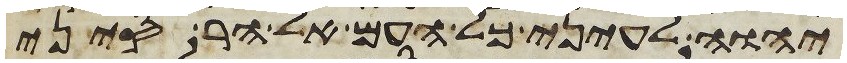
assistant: יהוה לעיני כל העם אל הר סיני